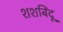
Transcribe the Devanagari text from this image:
शशबिंदू